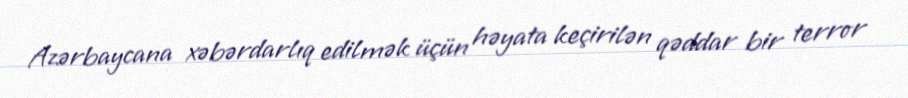
Azərbaycana xəbərdarlıq edilmək üçün həyata keçirilən qəddar bir terror